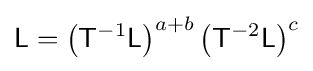
{\mathsf {L}}=\left({\mathsf {T}}^{-1}{\mathsf {L}}\right)^{a+b}\left({\mathsf {T}}^{-2}{\mathsf {L}}\right)^{c}